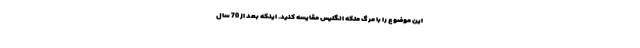
این موضوع را با مرگ ملکه انگلیس مقایسه کنید. اینکه بعد از 70 سال